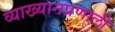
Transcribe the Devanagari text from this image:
व्याख्यानप्रणाली